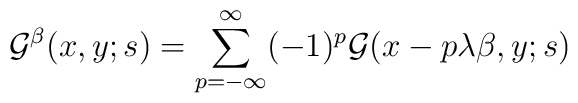
{\cal G}^{\beta}(x,y;s)=\sum_{p=-\infty}^{\infty} (-1)^{p}{\cal G}(x-p\lambda \beta,y;s)